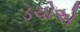
ડચોએ